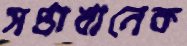
সপ্তাখানেক